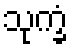
သုက္ခံ